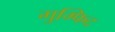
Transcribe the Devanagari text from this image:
गुम्फिद